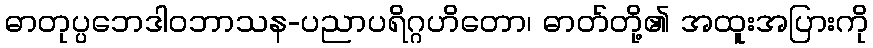
ဓာတုပ္ပဘေဒါဝဘာသန-ပညာပရိဂ္ဂဟိတော၊ ဓာတ်တို့၏ အထူးအပြားကို